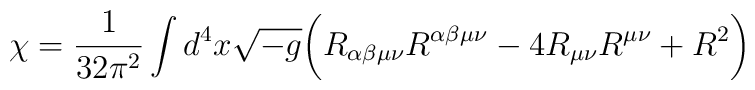
\chi   =  \frac{1}{32 \pi^2 } \int d^4x \sqrt{-g} \biggl(R_{\alpha \beta \mu\nu}R^{\alpha \beta \mu \nu} - 4 R_{\mu \nu } R^{\mu  \nu} + R^2\biggr)